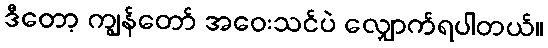
ဒီတော့ ကျွန်တော် အဝေးသင်ပဲ လျှောက်ရပါတယ်။